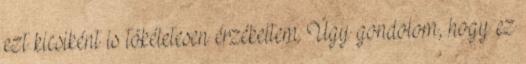
ezt kicsiként is tökéletesen érzékeltem. Úgy gondolom, hogy ez